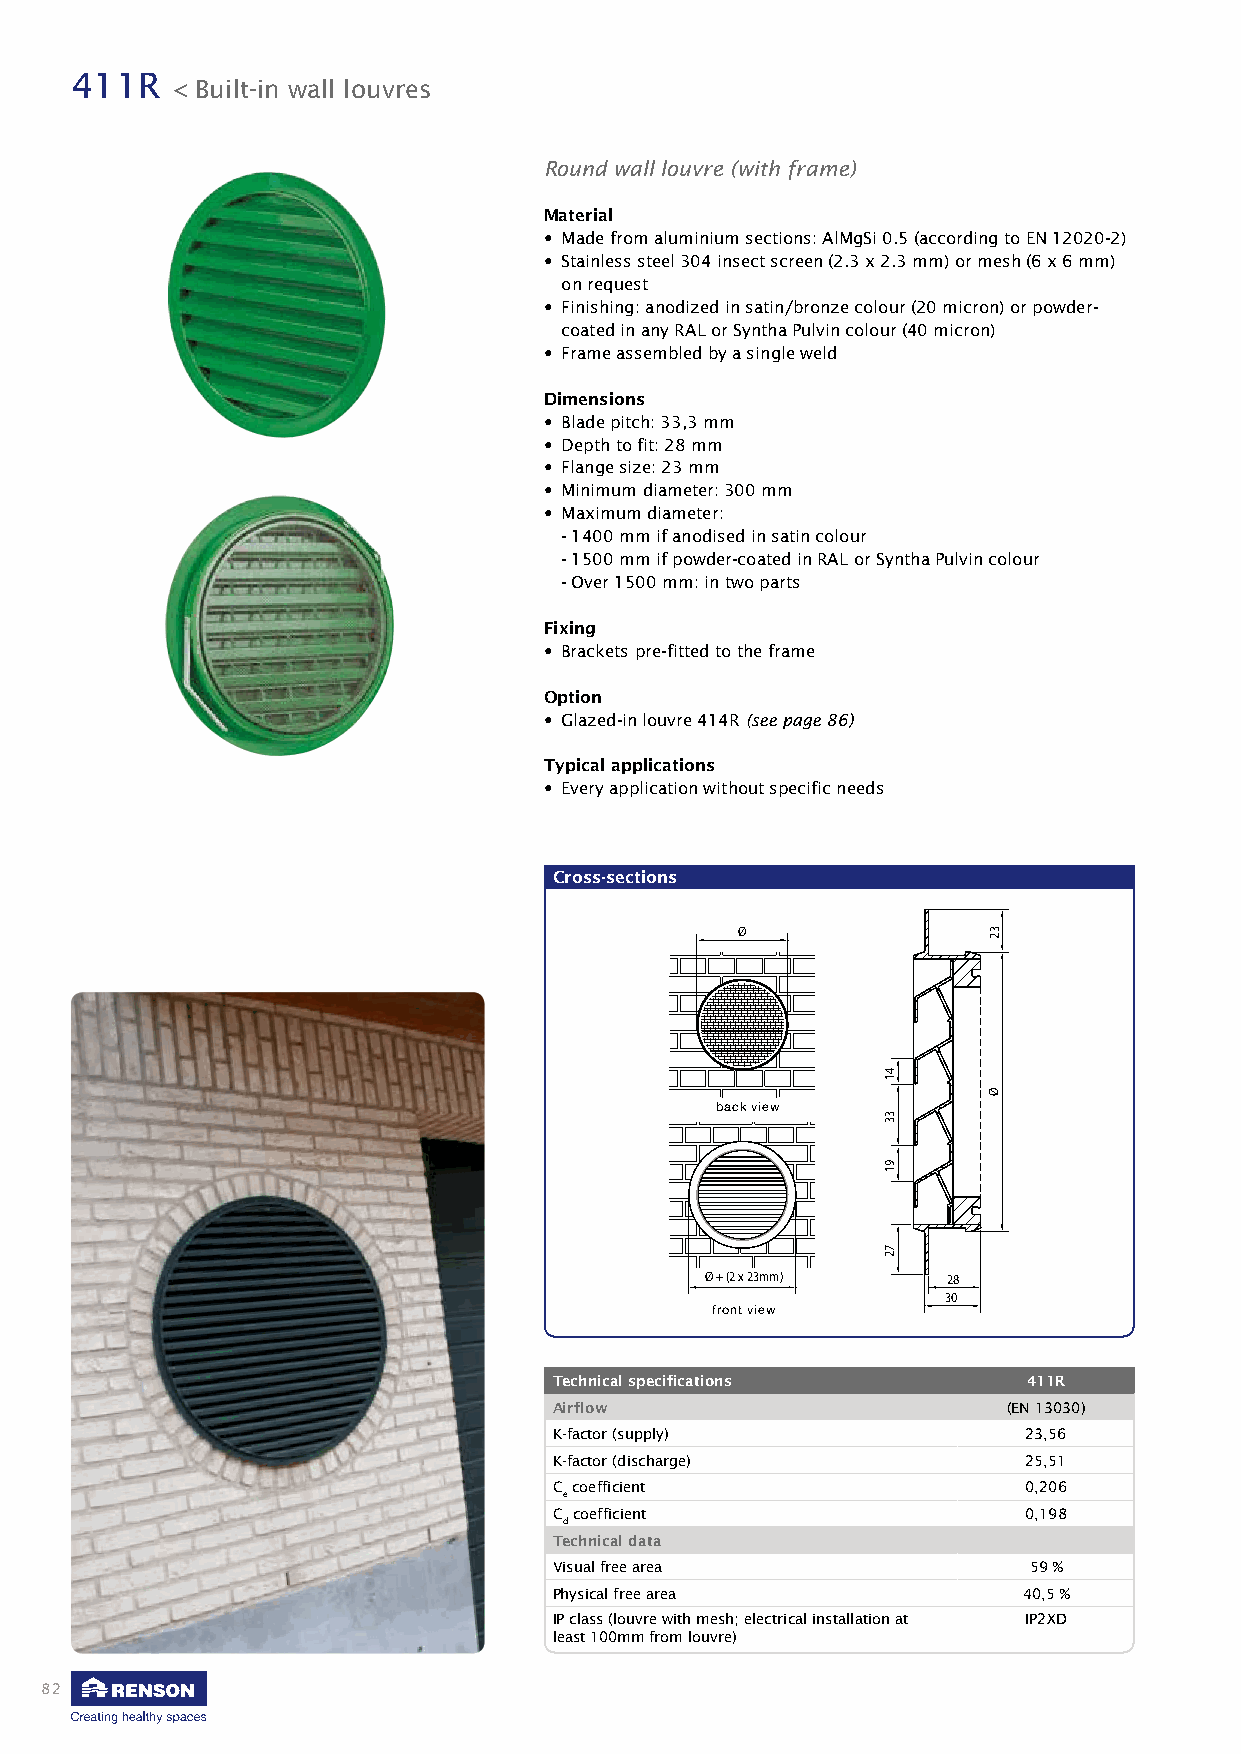
411R
 < Built-in wall louvres
 Round wall louvre (with frame)
 Material
 • Made from aluminium sections: AlMgSi 0.5 (according to EN 12020-2)
 • Stainless steel 304 insect screen (2.3 x 2.3 mm) or mesh (6 x 6 mm)
 on request
 • Finishing: anodized in satin/bronze colour (20 micron) or powder-
 coated in any RAL or Syntha Pulvin colour (40 micron)
 • Frame assembled by a single weld
 Dimensions
 • Blade pitch: 33,3 mm
 • Depth to fit: 28 mm
 • Flange size: 23 mm
 • Minimum diameter: 300 mm
 • Maximum diameter:
 - 1400 mm if anodised in satin colour
 - 1500 mm if powder-coated in RAL or Syntha Pulvin colour
 - Over 1500 mm: in two parts
 Fixing
 • Brackets pre-fitted to the frame
 Option
 • Glazed-in louvre 414R (see page 86)
 Typical applications
 • Every application without specific needs
 Cross-sections
 Ø
 back view
 Ø + (2 x 23mm)  28
 30
 front view
 Technical specifications       411R
 Airflow                       (EN 13030)
 K-factor (supply)              23,56
 K-factor (discharge)           25,51
 C coefficient                  0,206
 e
 C coefficient                  0,198
 d
 Technical data
 Visual free area               59 %
 Physical free area             40,5 %
 IP class (louvre with mesh; electrical installation at IP2XD
 least 100mm from louvre)
 82
 41
 33
 91
 72
 32
 Ø